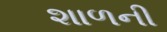
શાળની